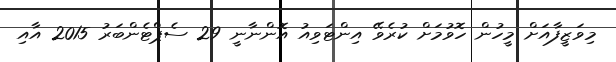
މިވަޒީފާއަށް މީހުން ހޮވުމަށް ކުރެވޭ އިންޓަވިއު އޮންނާނީ 29 ސެޕްޓެންބަރު 2015 އާއި